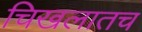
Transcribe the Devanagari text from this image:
चिखलातच